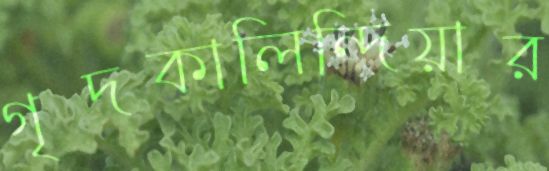
গৃদকালিন্দিয়ার